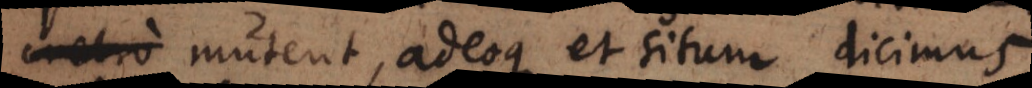
mutent, adeoque et situm, dicimus